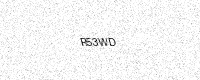
Text: R53WD